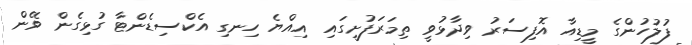
ފުލުހުންގެ މީޑިއާ އޮފިސަރު ވިދާޅުވީ ތިމަރަފުށީގައި އިއްޔެ ހިނގި އެކްސިޑެންޓާ ގުޅިގެން ވޭން